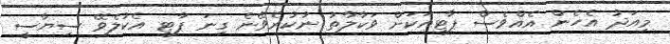
މިއަދު އެހެން އެއްވެސް ޕާޓީއަކަށް ވަކާލާތު ނުކުރެވޭނެ ގިނަ ޕާޓީ އެކުލެވޭ ސިޔާސީ